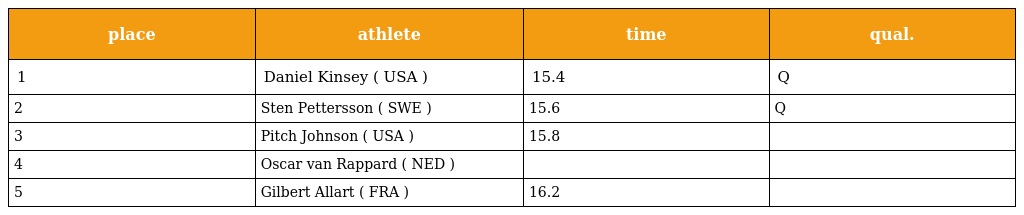
| place | athlete | time | qual. |
 | --- | --- | --- | --- |
 | 1 | Daniel Kinsey ( USA ) | 15.4 | Q |
 | 2 | Sten Pettersson ( SWE ) | 15.6 | Q |
 | 3 | Pitch Johnson ( USA ) | 15.8 |  |
 | 4 | Oscar van Rappard ( NED ) |  |  |
 | 5 | Gilbert Allart ( FRA ) | 16.2 |  |